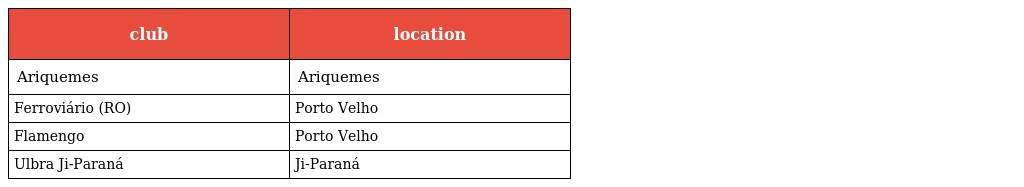
| club | location |
 | --- | --- |
 | Ariquemes | Ariquemes |
 | Ferroviário (RO) | Porto Velho |
 | Flamengo | Porto Velho |
 | Ulbra Ji-Paraná | Ji-Paraná |